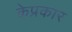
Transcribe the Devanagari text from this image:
केप्रकार